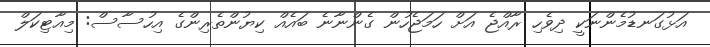
އަޅުގަނޑުމެންނަކީ ދިވެހި ރާއްޖެ އަށް ހަމަޖެހުން ގެންނާނެ ބައެއް ކިޔުންތެރިންގެ އިހުސާސް: މިއާޓިކަލް